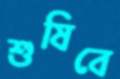
শুষিবে